Annual report on the Civil Veterinary Department, Burma (including the Insein Veterinary School) - 1910-1922
Year: 1910
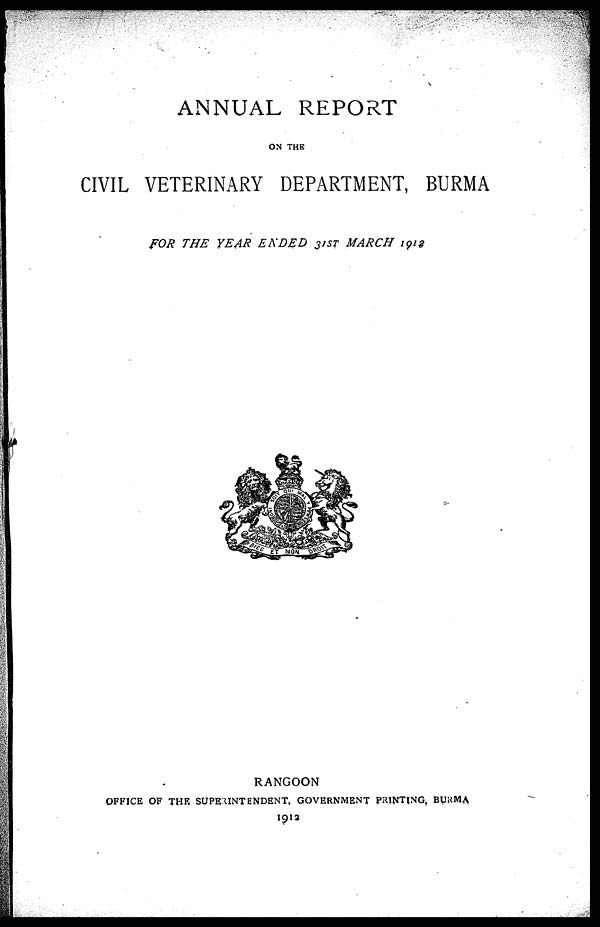
ANNUAL REPORT
ON THE
CIVIL VETERINARY DEPARTMENT, BURMA
FOR THE YEAR ENDED 31ST MARCH 1912
RANGOON
OFFICE OF THE SUPERINTENDENT, GOVERNMENT PRINTING, BURMA
1912